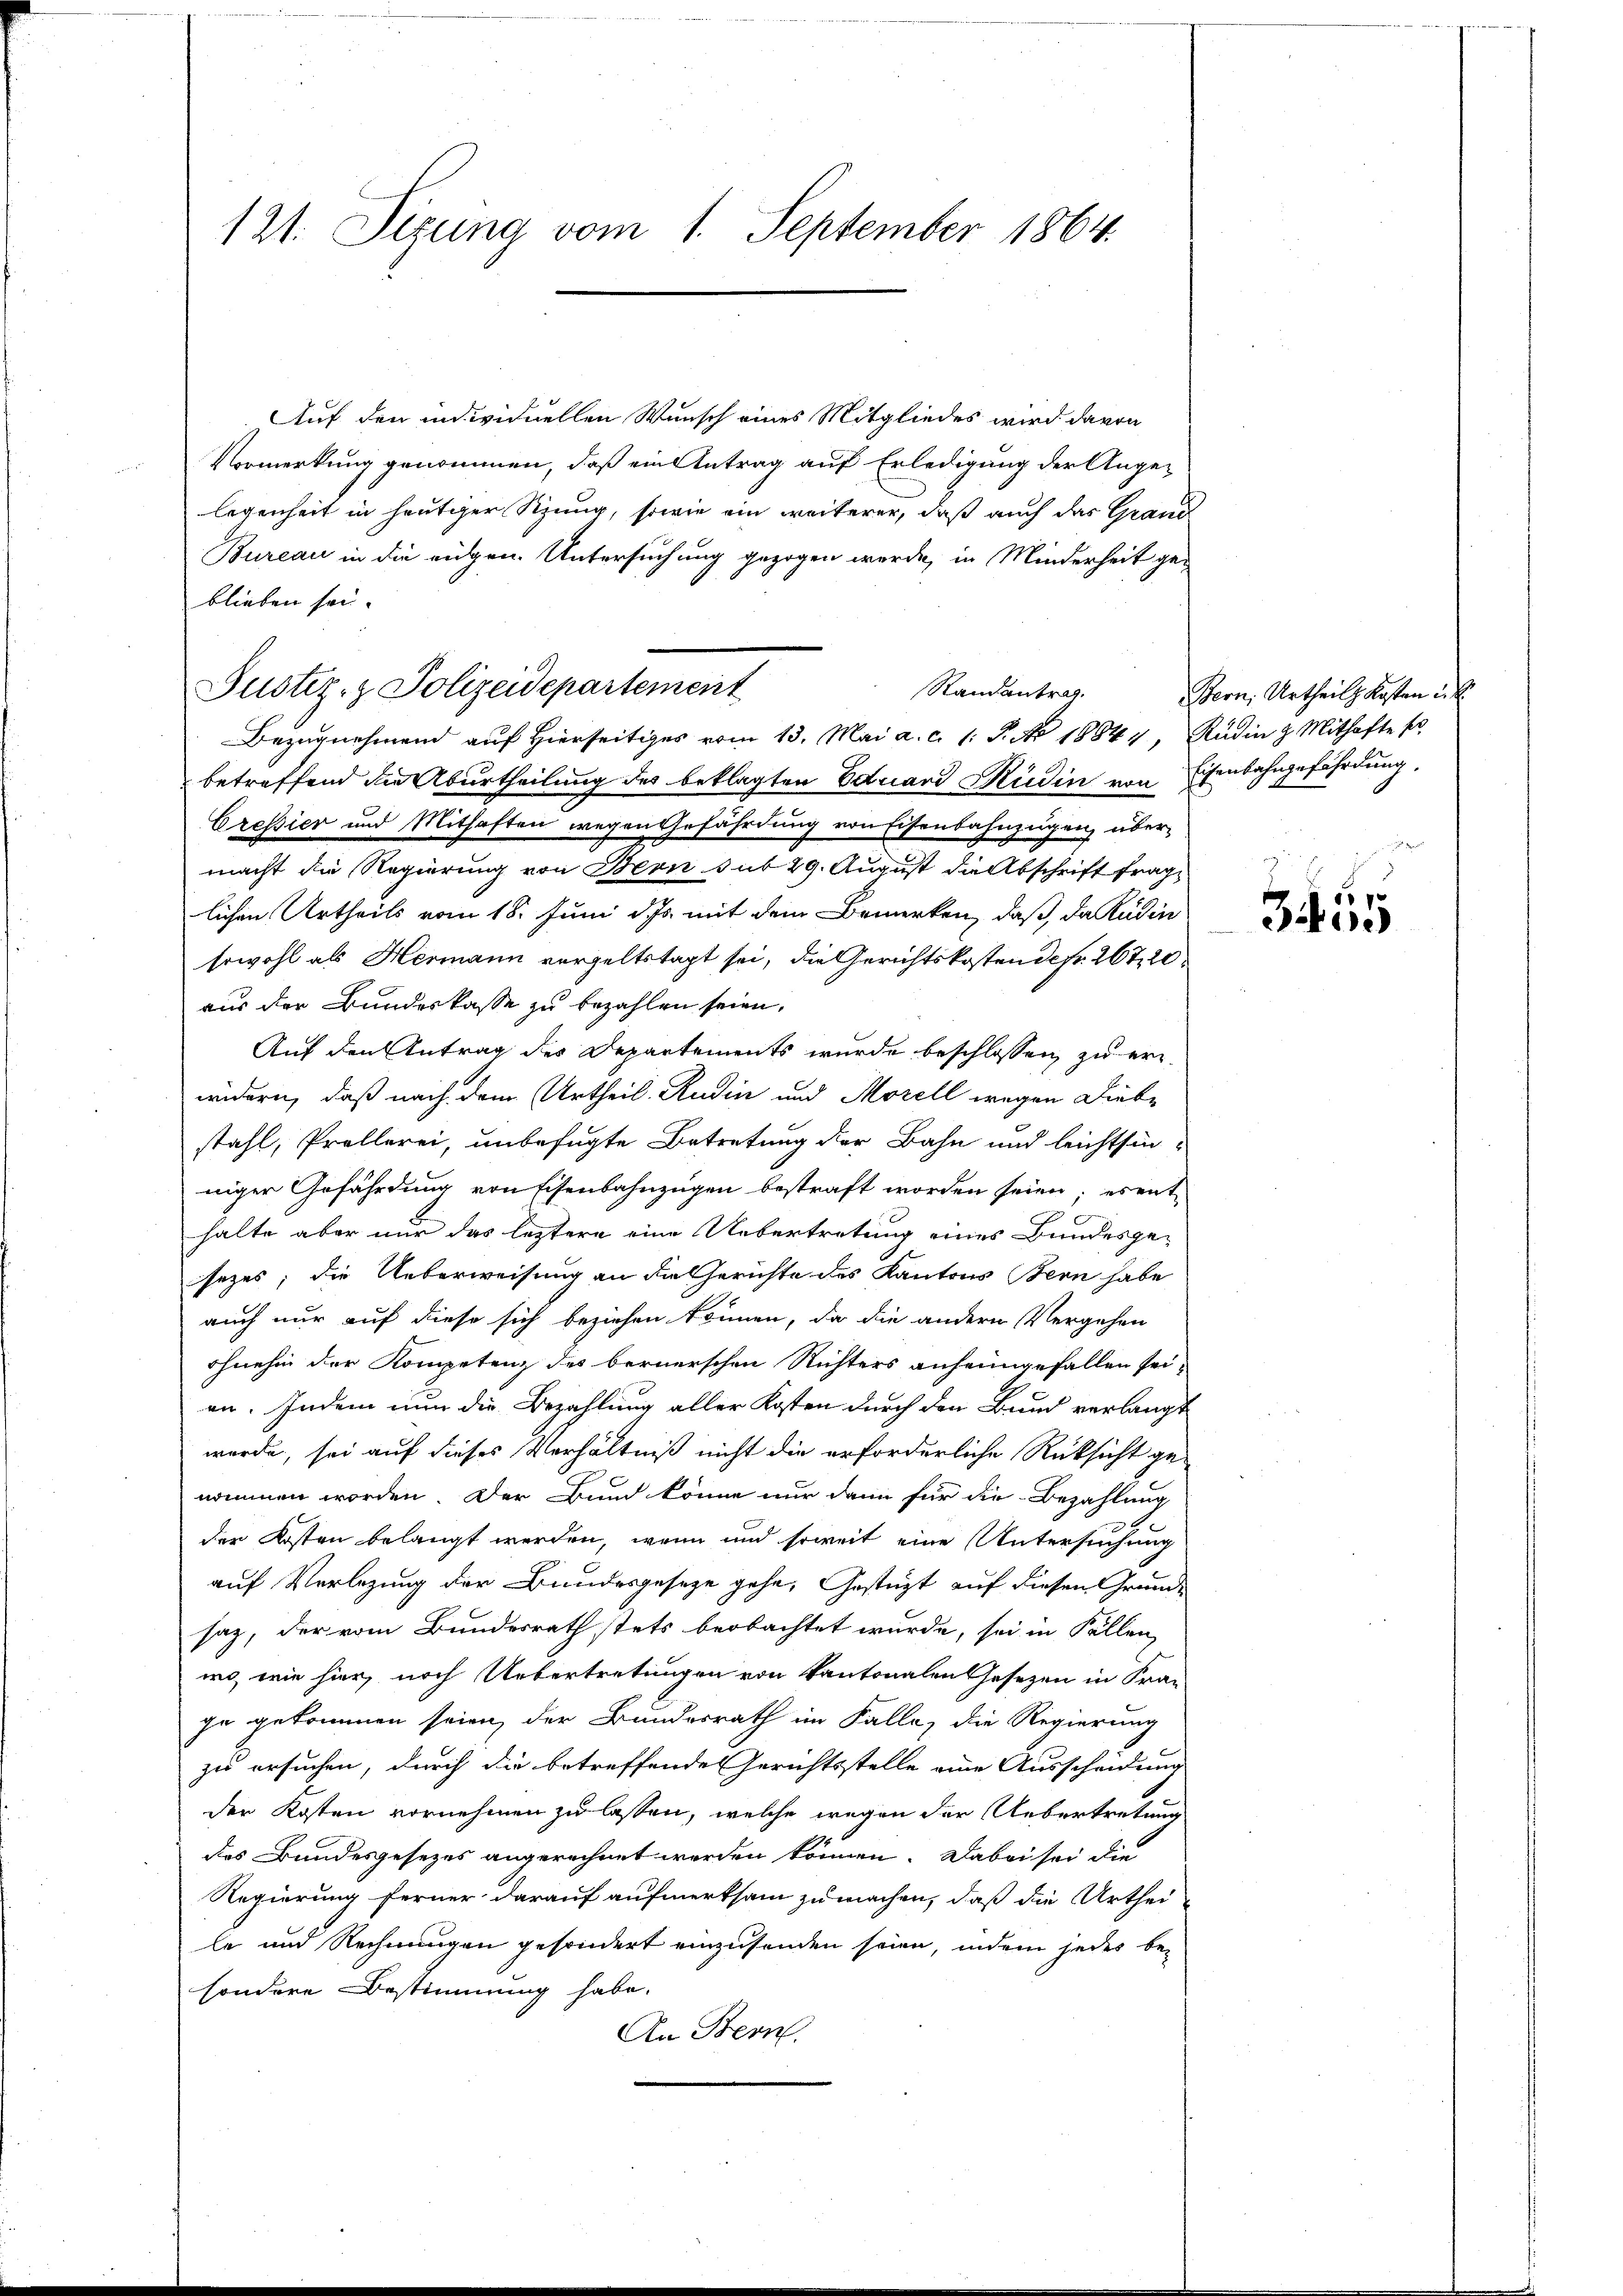
121. Sizung vom 1. September 1864.

Auf den individuellen Wunsch eines Mitgliedes wird davon
Vormerkung genommen, daß ein Antrag auf Erledigung der Angelegenheit in heutiger Sizung, sowie ein weiterer, daß auch das Grand
Bureau in die eigen. Untersuchung gezogen werde, in Minderheit geblieben sei.
Justiz- & Polizeidepartement
Bezugnehmend auf hierseitiges vom 13. Mai a. c. l. J. No 1884, Rüdin z. Mithafte fr
betreffend der Aburtheilung des beklagten Eduard Riedin von Eisenbahngefährdung.
Cressier und Mithaften wegen Gefährdung von Eisenbahnzügen, übermacht die Regierung von Bern sub 29. August die Abschrift frage
lichen Urtheils vom 18. Juni d. Js. mit dem Bemerken, daß da Studin
sowohl als Hermann vergeltstagt sei, die Gerichtskostendesr. 267, 20
aus der Bundeskasse zu bezahlen seien.
Auf den Antrag des Departements wurde beschlossen zu erwidern, daß nach dem Urtheil. Rudin und Morell wegen Diebe
stahl, Prollerei, unbefugte Betretung der Bahn und leichtsinniger Gefährdung von Eisenbahnzügen bestraft worden seien; es ent
halte aber nur das leztere eine Uebertretung eines Bundesge-
sezes; die Ueberweisung an die Gerichte des Kantons Bern habe
auch nur auf diese sich beziehen können, da die andern Vergehen
ohnehin der Kompetenz des bernerschen Richters anheimgefallen sei,
an. Indem nun die Bezahlung aller Kosten durch den Bund verlangt
wurde, sei auf dieses Verhältniß nicht die erforderliche Rücksicht genommen worden. Der Bund könne nur dann für die Bezahlung
der Kosten belangt werden, wenn und soweit eine Untersuchung
auf Verlegung der Bundesgesetze gehe, Gestützt auf diesen Grunde
saz, der vom Bundesrath stets beobachtet wurde, sei in Fällen,
wo, wie hier, noch Uebertretungen von Kantonalen Gesezen in Fran
ge gekommen seien, der Bundesrath im Falle, die Regierung
zu ersuchen, durch die betreffende Gerichtsstelle eine Ausscheidung
der Kosten vornehmen zu lassen, welche wegen der Uebertretung
des Bundesgesetzes angerechnet werden können. Dabei sei die
Regierung ferner darauf aufmerksam zu machen, daß die Urthei-
le und Rechnungen gesondert einzusenden seien, indem jedes be-
sondere Bestimmung habe.
An Bern.

Randantrag

Bern, Urtheil Kosten u.

p
Bod